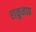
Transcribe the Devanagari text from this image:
राकूनाद्य